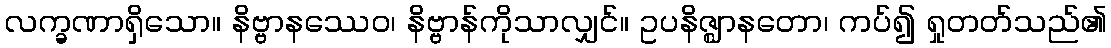
လက္ခဏာရှိသော။ နိဗ္ဗာနဿေဝ၊ နိဗ္ဗာန်ကိုသာလျှင်။ ဥပနိဇ္ဈာနတော၊ ကပ်၍ ရှုတတ်သည်၏